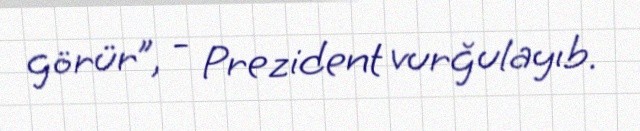
görür”, - Prezident vurğulayıb.